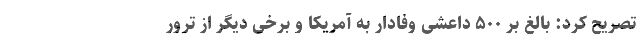
تصریح کرد: بالغ بر ۵۰۰ داعشی وفادار به آمریکا و برخی دیگر از ترور